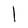
Character: 1